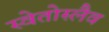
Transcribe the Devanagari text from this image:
स्वेतोस्लैव